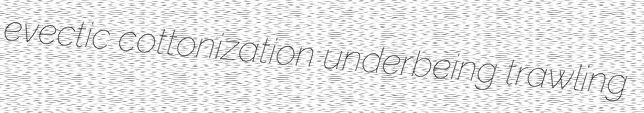
evectic cottonization underbeing trawling